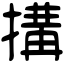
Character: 搆